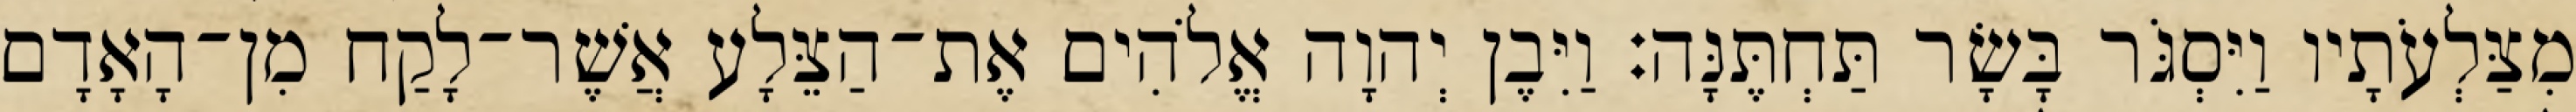
מִצַּלְעֹתָיו וַיִּסְגֹּר בָּשָׂר תַּחְתֶּנָּה׃ וַיִּבֶן יְהוָה אֱלֹהִים אֶת־הַצֵּלָע אֲשֶׁר־לָקַח מִן־הָאָדָם